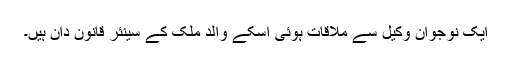
ایک نوجوان وکیل سے ملاقات ہوئی اسکے والد ملک کے سینئر قانون دان ہیں۔